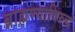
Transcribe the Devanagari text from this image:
ब्राह्मण्याविरुद्ध